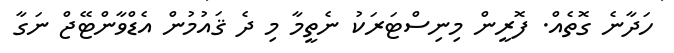
ހަދާނެ ގޮތެއް. ފޮރީން މިނިސްޓަރަކު ނެތީމާ މި ދެ ޤައުމުން އެޑްވާންޓޭޖް ނަގާ